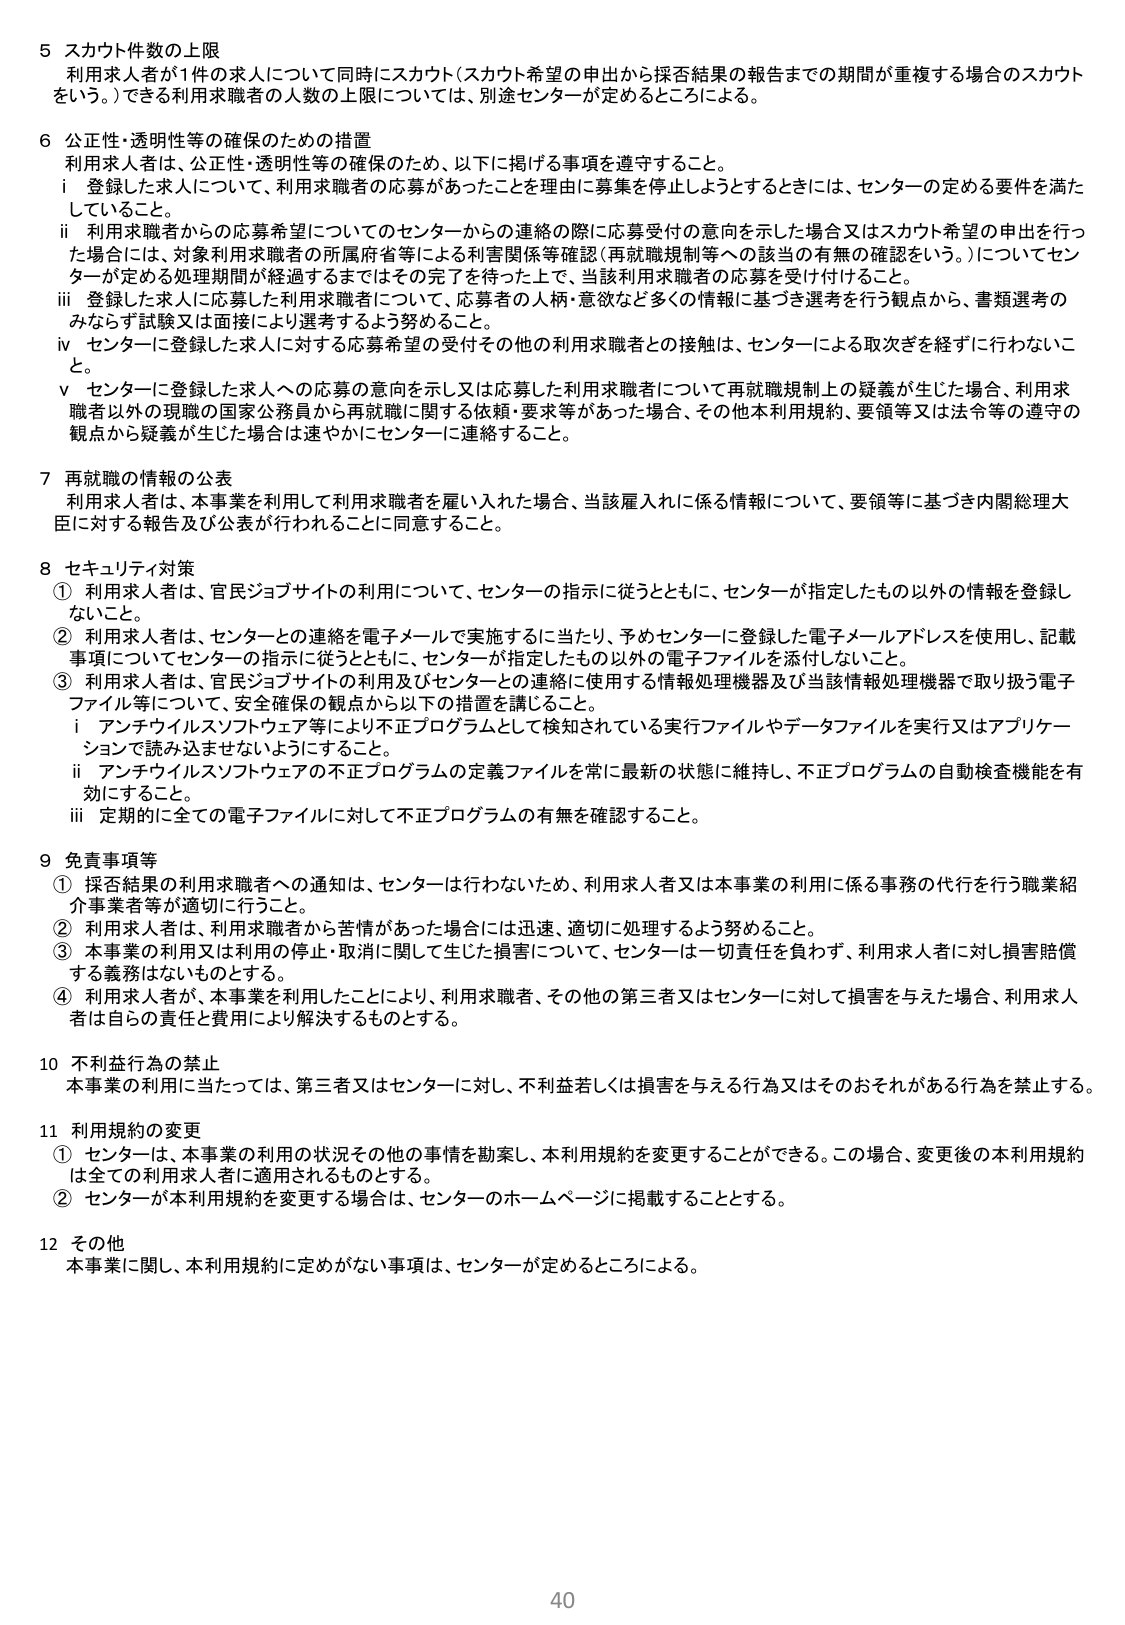
5 スカウト件数の上限
利用求人者が1件の求人について同時にスカウト（スカウト希望の申出から採否結果の報告までの期間が重複する場合のスカウトをいう。）できる利用求職者の人数の上限については、別途センターが定めるところによる。

6 公正性・透明性等の確保のための措置
利用求人者は、公正性・透明性等の確保のため、以下に掲げる事項を遵守すること。
i 登録した求人について、利用求職者の応募があったことを理由に募集を停止しようとするときには、センターの定める要件を満たしていること。
ii 利用求職者からの応募希望についてのセンターからの連絡の際に応募受付の意向を示した場合又はスカウト希望の申出を行った場合には、対象利用求職者の所属府省等による害関係等確認（再就職規制等への該当の有無の確認をいう。）についてセンターが定める処理期間が経過するまではその完了を待った上で、当該利用求職者の応募を受け付けること。
iii 登録した求人に対応した利用求職者について、応募者の人柄・意欲など多くの情報に基づき選考を行う観点から、書類選考のみならず試験又は面接により選考するよう努めること。
iv センターに登録した求人に対する応募希望の受付その他他の利用求職者との接触は、センターによる取次ぎを経ずに行わないこと。
v センターに登録した求人への応募の意向を示し又は応募した利用求職者について再就職規制上の疑義が生じた場合、利用求職者以外の現職の国家公務員から再就職に関する依頼・要求等があった場合、その他本利用規約、要領等又は法令等の遵守の観点から疑義が生じた場合は速やかにセンターに連絡すること。

7 再就職の情報の公表
利用求人者は、本事業を利用して利用求職者を雇い入れた場合、当該雇入れに係る情報について、要領等に基づき内閣総理大臣に対する報告及び公表が行われることに同意すること。

8 セキュリティ対策
① 利用求人者は、官民ジョブサイトの利用について、センターの指示に従うとともに、センターが指定したもの以外の情報を登録しないこと。
② 利用求人者は、センターとの連絡を電子メールで実施するに当たり、予めセンターに登録した電子メールアドレスを使用し、記載事項についてセンターの指示に従うとともに、センターが指定したもの以外の電子ファイルを添付しないこと。
③ 利用求人者は、官民ジョブサイトの利用及びセンターとの連絡に使用する情報処理機器及び当該情報処理機器で取り扱う電子ファイル等について、安全確保の観点から以下の措置を講じること。
i アンチウイルスソフトウェア等により不正プログラムとして検知されている実行ファイルやデータファイルを実行又はアプリケーションで読み込ませないようにすること。
ii アンチウイルスソフトウェアの不正プログラムの定義ファイルを常に最新の状態に維持し、不正プログラムの自動検査機能を有効にすること。
iii 定期的に全ての電子ファイルに対して不正プログラムの有無を確認すること。

9 免責事項等
① 採否結果の利用求職者への通知は、センターは行わないため、利用求人者又は本事業の利用に係る事務の代行を行う職業紹介事業者等が適切に行うこと。
② 利用求人者は、利用求職者から苦情があった場合には迅速、適切に処理するよう努めること。
③ 本事業の利用又は利用の停止・取消に関して生じた損害について、センターは一切責任を負わず、利用求人者に対し損害賠償する義務はないものとする。
④ 利用求人者が、本事業を利用したことにより、利用求職者、その他の第三者又はセンターに対して損害を与えた場合、利用求人者は自らの責任と費用により解決するものとする。

10 不利益行為の禁止
本事業の利用に当たっては、第三者又はセンターに対し、不利益若しくは損害を与える行為又はそのおそれがある行為を禁止する。

11 利用規約の変更
① センターは、本事業の利用の状況その他の事情を勘案し、本利用規約を変更することができる。この場合、変更後の本利用規約は全ての利用求人者に適用されるものとする。
② センターが本利用規約を変更する場合は、センターのホームページに掲載することとする。

12 その他
本事業に関し、本利用規約に定めがない事項は、センターが定めるところによる。

40